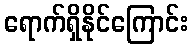
ရောက်ရှိနိုင်ကြောင်း